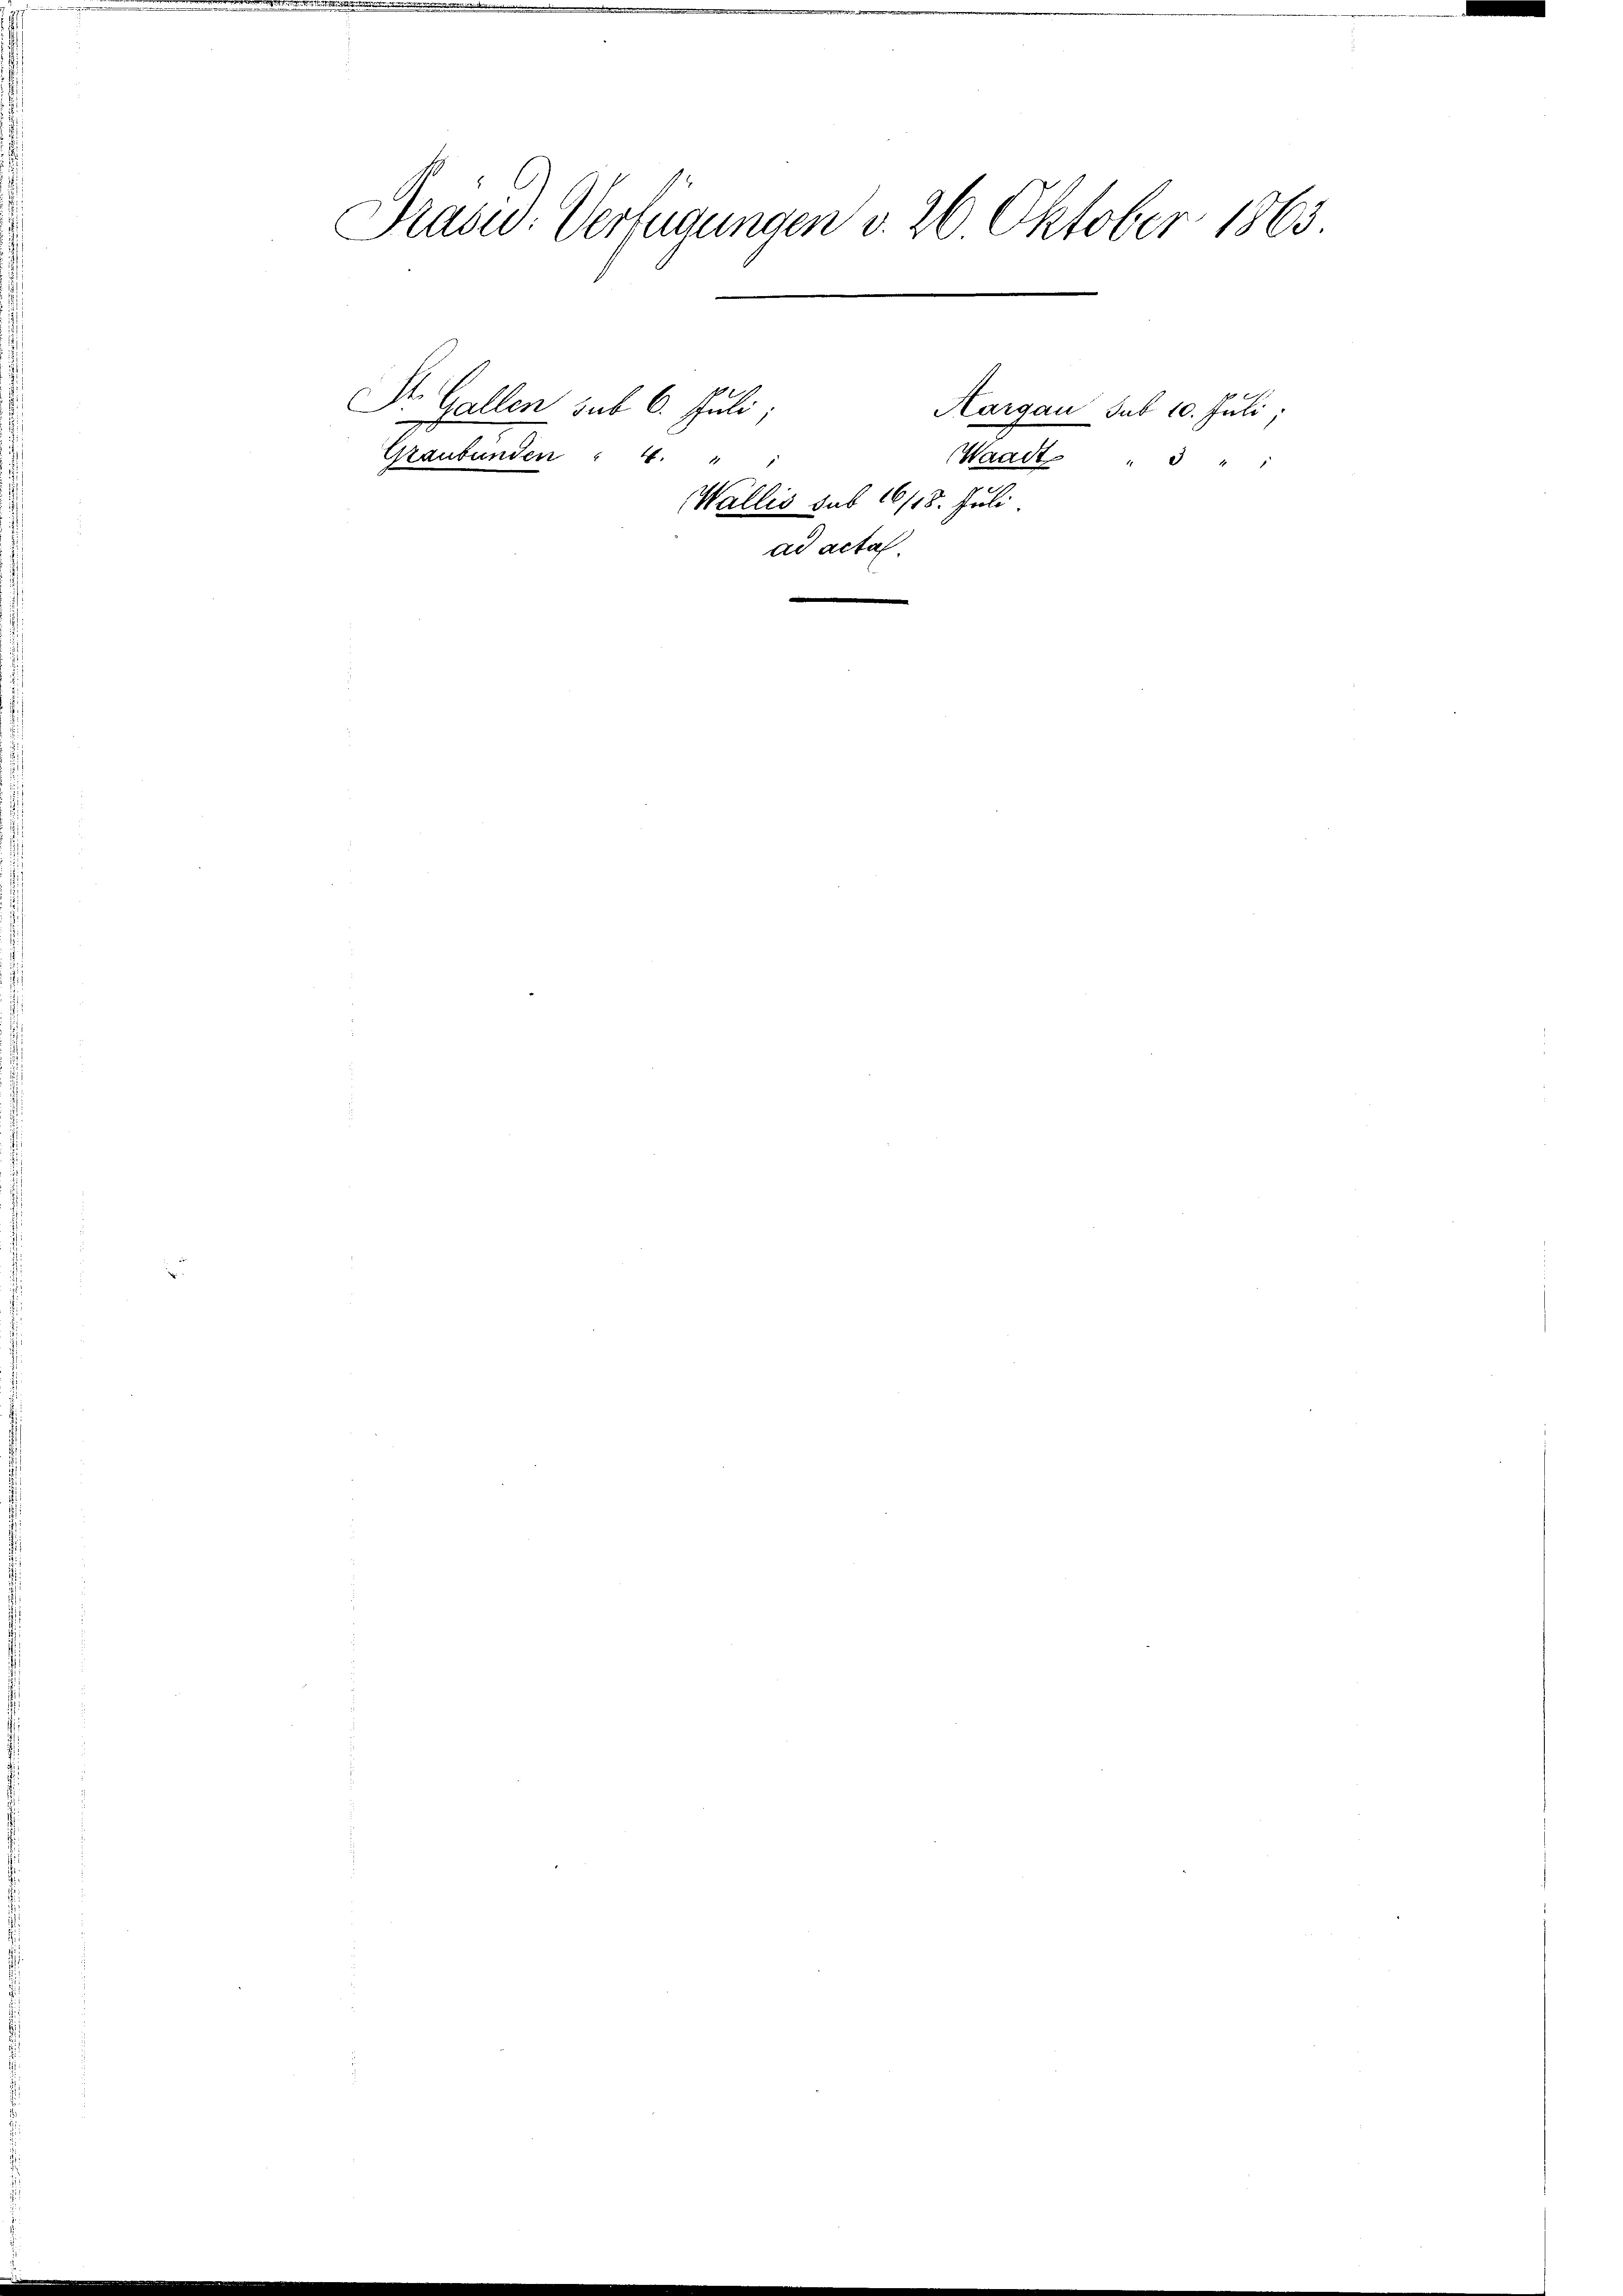
Präsid. Verfügungen v. 26 Oktober 1863
Dr. Gallen sub 6. Juli;
Aargau sub 10. Juli,
Graubünden : 1.
Waadt
" " 1

Wallis sub 16/18. Juli.
ad acta.